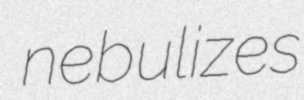
nebulizes